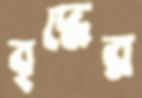
বৃদ্ধের